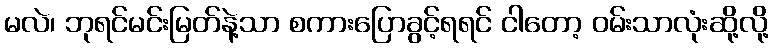
မလဲ၊ ဘုရင်မင်းမြတ်နဲ့သာ စကားပြောခွင့်ရရင် ငါတော့ ဝမ်းသာလုံးဆို့လို့